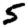
Digit: 5